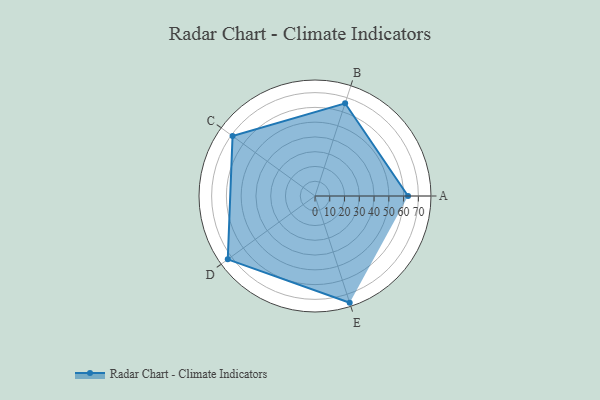
{"axis": {"x": "Skill", "y": "Score"}, "legend": ["Profile"], "data": [{"x": "A", "y": 63.0, "type": "Profile"}, {"x": "B", "y": 66.0, "type": "Profile"}, {"x": "C", "y": 69.0, "type": "Profile"}, {"x": "D", "y": 73.0, "type": "Profile"}, {"x": "E", "y": 76.0, "type": "Profile"}]}